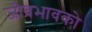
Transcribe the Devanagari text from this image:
जीवभावको